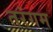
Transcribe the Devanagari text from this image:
तरंगम